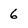
Character: 6